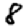
Digit: 8